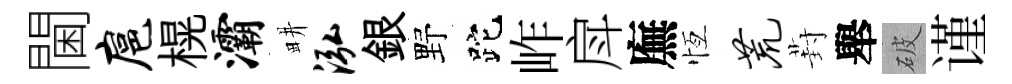
閫扈榥灞畊泓銀野跎岞戽廡恆荒葑舉破谨